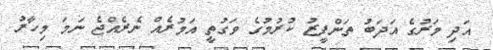
އަދި މަރުގެ އަދަބު ތަންފީޒު ކުރުމުގެ ވަގުތީ އަމުރެއް ނެރެއްޖެ ނަމަ މިހާރު